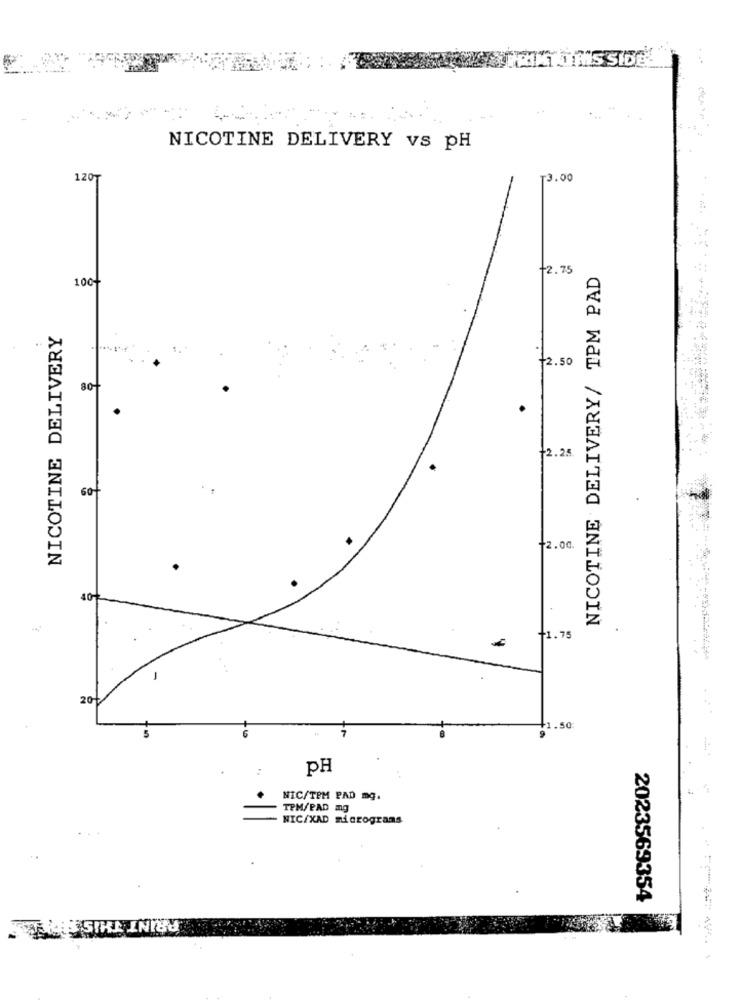
-
NICOTINE DELIVERY vs pH
1207
13.00
+2. 75
NICOTINE DELIVERY/ TPM PAD
100+
NICOTINE DELIVERY
+2.50
sot
12.25
60+
12.00.
.
11.75
-
20₺
1.50:
PH
NIC/TEM PAD mg.
TPM/PAD mg
NIC/XAD micrograms
2023569354